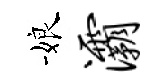
娘灞